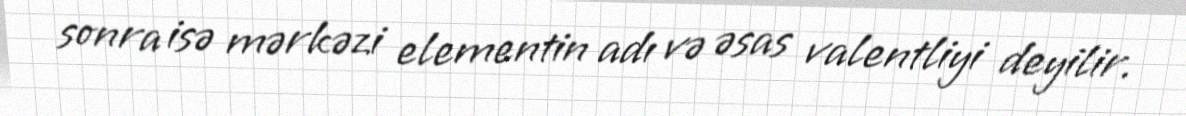
sonra isə mərkəzi elementin adı və əsas valentliyi deyilir.